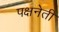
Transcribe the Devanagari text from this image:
पक्षनेती